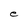
Character: e